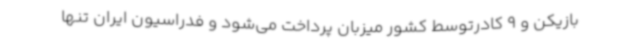
بازیکن و 9 کادرتوسط کشور میزبان پرداخت می‌شود و فدراسیون ایران تنها